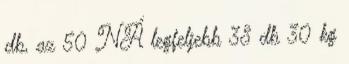
db, az 50 NÁ legfeljebb 38 db 30 kg